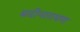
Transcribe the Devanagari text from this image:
बदीनारायण